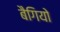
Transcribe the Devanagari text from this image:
बैगियो